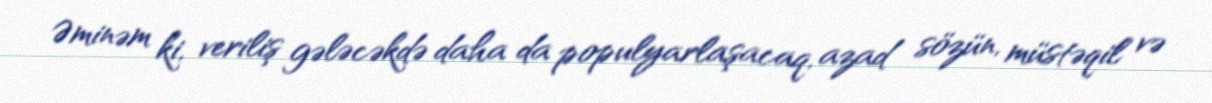
Əminəm ki, veriliş gələcəkdə daha da populyarlaşacaq, azad sözün, müstəqil və